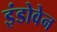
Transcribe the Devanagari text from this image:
इंडोवेन